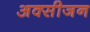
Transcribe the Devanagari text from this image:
अक्‍सीजन